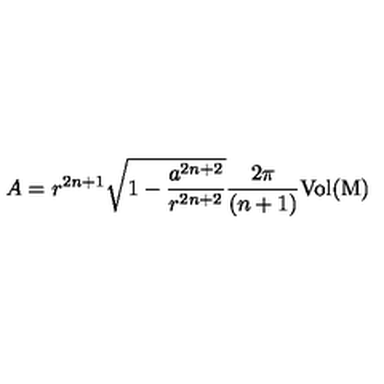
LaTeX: A = r ^ { 2 n + 1 } \sqrt { 1 - \frac { a ^ { 2 n + 2 } } { r ^ { 2 n + 2 } } } \frac { 2 \pi } { ( n + 1 ) } { \mathrm { V o l { ( M ) } } }